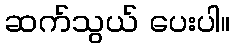
ဆက်သွယ် ပေးပါ။